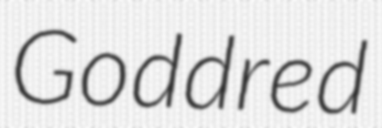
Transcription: Goddred